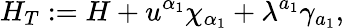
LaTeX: H_{T}:=H+u^{\alpha_{1}}\chi_{\alpha_{1}}+\lambda^{a_{1}}\gamma_{a_{1}},